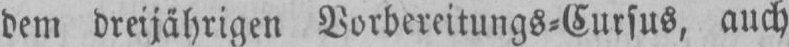
dem dreijährigen Vorbereitungs⸗Cursus, auch